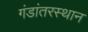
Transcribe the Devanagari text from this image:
गंडांतरस्थान